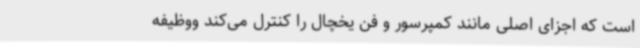
است که اجزای اصلی مانند کمپرسور و فن یخچال را کنترل می‌کند ووظیفه